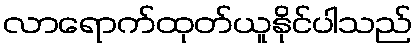
လာရောက်ထုတ်ယူနိုင်ပါသည်